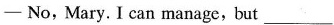
— No, Mary. I can manage,but ______